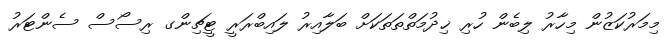
މިމަރުކަޒުން މިހާރު ލިބެން ހުރި ޚިދުމަތްތަތަކަށް ބަލާއިރު ލައިބްރަރީ ޓީޗިންގ ރިސޯސް ސެންޓަރު